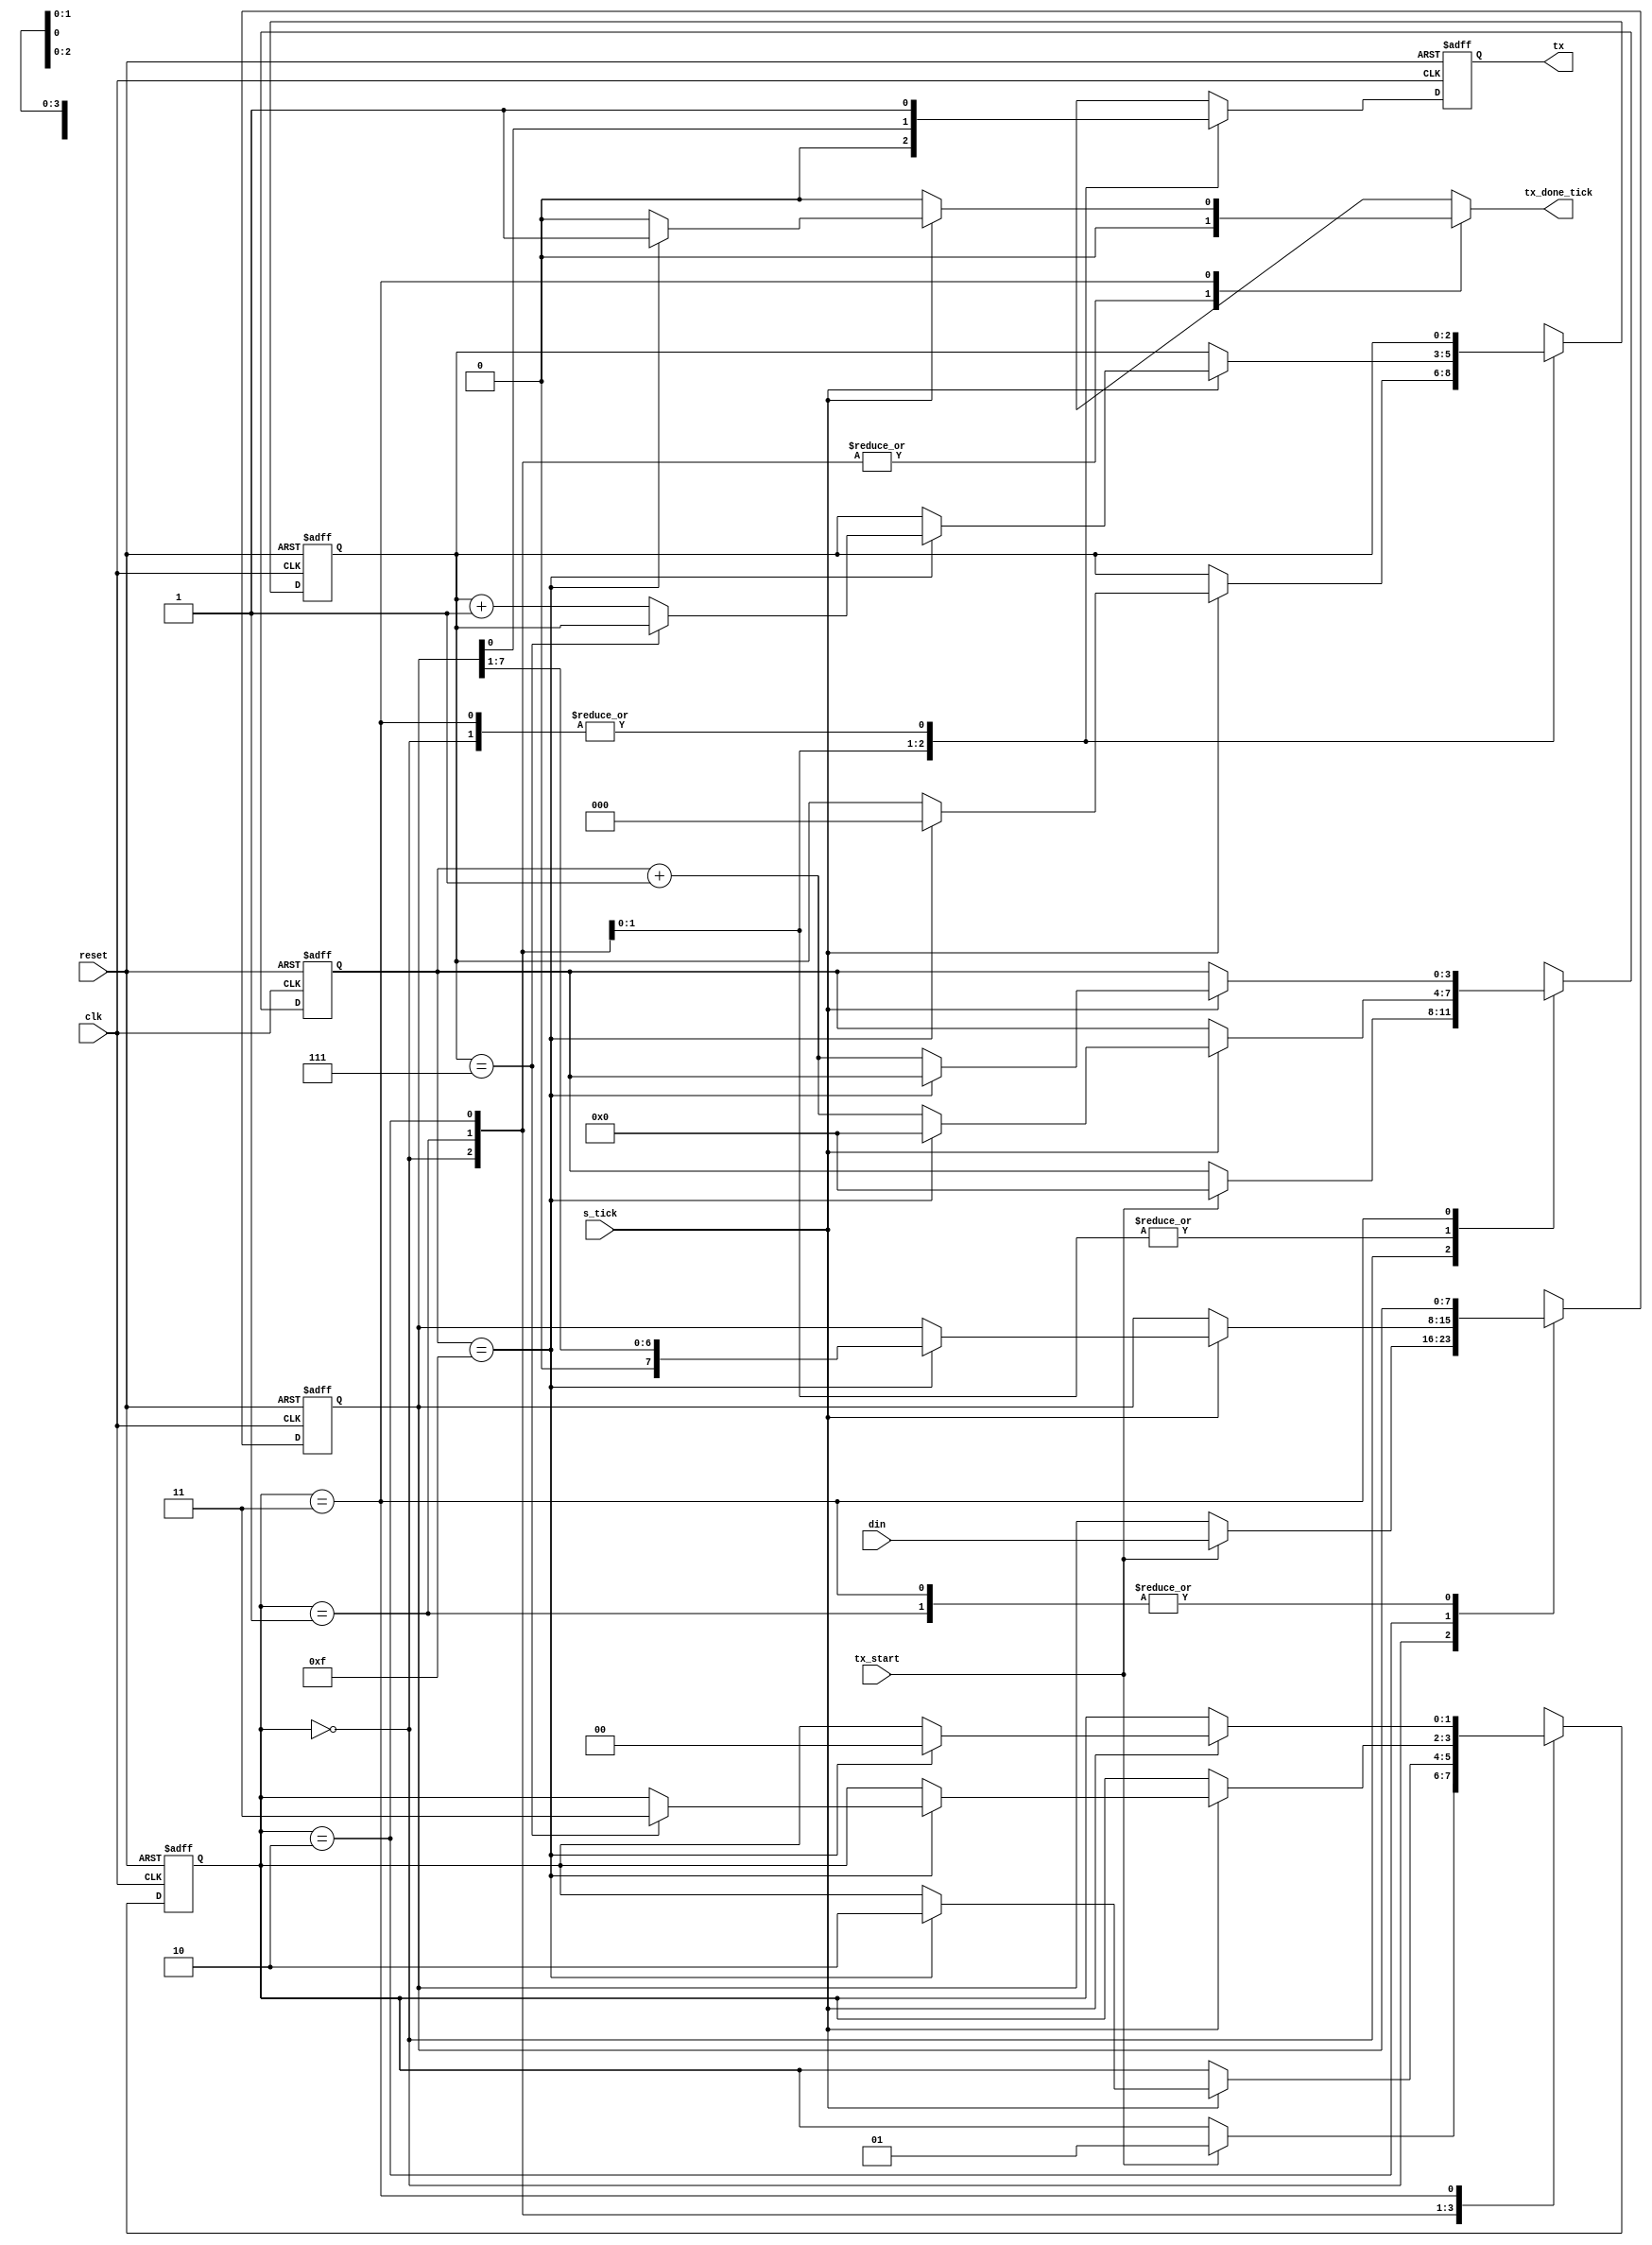
`timescale 1ns / 1ps
//////////////////////////////////////////////////////////////////////////////////
// Company: 
// Engineer: 
// 
// Design Name: 
// Module Name:    uart_tx 
// Project Name: 
// Target Devices: 
// Tool versions: 
// Description: 
//
// Dependencies: 
//
// Revision: 
// Revision 0.01 - File Created
// Additional Comments: 
//
//////////////////////////////////////////////////////////////////////////////////
	module uart_tx #( parameter DBIT = 8, //#data bits
						parameter SB_TICK = 16 //ticks for stop bits 
					 )
					 ( input wire clk, reset, 
						input wire tx_start, s_tick , 
						input wire [7:0] din, 
						output reg tx_done_tick , 
						output wire tx 
					 );
 
//  symbolic  state  declaration 
localparam  [1:0]
	idle  =  2'b00, 
	start =  2'b01, 
	data  =  2'b10, 
	stop  =  2'b11; 

//  signal  declaration 
reg  [1:0]  state_reg, state_next;
reg  [3:0]  s_reg, s_next; 
reg  [2:0]  n_reg, n_next; 
reg  [7:0]  b_reg, b_next; 
reg tx_reg , tx_next; 

//  bod,v 
//  FSMD  state  &  data  registers 
always  @(posedge clk,  posedge reset) 
	if (reset) 
		begin 
			state_reg  <=  idle; 
			s_reg  <=  0; 
			n_reg  <=  0; 
			b_reg  <=  0;
			tx_reg <=  1'b1; 
		end 
	else 
		begin 
			state_reg  <=  state_next ; 
			s_reg  <=  s_next; 
			n_reg  <=  n_next; 
			b_reg  <=  b_next; 
			tx_reg <= tx_next; 
		end 

//  FSMD  next-state  logic 
always  @* 
begin 
	state_next  =  state_reg; 
	tx_done_tick  =  1'b0; 
	s_next  =  s_reg; 
	n_next  =  n_reg; 
	b_next  =  b_reg;
	tx_next = tx_reg;

	case (state_reg) 
		idle : 
			begin 
				tx_next = 1'b1; 
				if (tx_start) 
					begin 
						state_next = start ; 
						s_next = 0; 
						b_next = din; 
					end 
			end 
		start:
			begin 
				tx_next=1'b0; 
				if (s_tick) 
					if(s_reg == 15) 
						begin 
							state_next = data; 
							s_next = 0;
							n_next = 0; 
						end 
					else 
						s_next = s_reg + 1; 
			end 
		data:
			begin 
				tx_next = b_reg[0]; 
				if (s_tick) 
					if (s_reg==15) 
						begin 
							s_next = 0; 
							b_next = b_reg >> 1; 
							if (n_reg==(DBIT-1)) 
								state_next = stop; 
							else 
								n_next = n_reg + 1; 
						end 
					else 
						s_next = s_reg + 1; 
			end 
		stop:
			begin 
				tx_next = 1'b1; 
				if (s_tick) 
					if (s_reg==(SB_TICK -1)) 
						begin 
							state_next = idle; 
							tx_done_tick = 1'b1; 
						end 
					else 
						s_next = s_reg + 1; 
			end 
	endcase

end

//  output 
assign  tx  =  tx_reg; 

endmodule